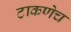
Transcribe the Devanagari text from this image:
टाकणेच